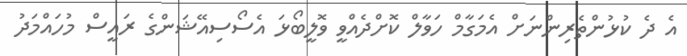
އެ ދެ ކުޅުންތެރިންނަށް އެމަގާމް ހަވާލް ކޮށްދެއްވީ ވޮލީބޯޅަ އެސޯސިއޭޝަންގެ ރައީސް މުހައްމަދު